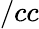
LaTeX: /cc